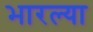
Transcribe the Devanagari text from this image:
भारल्या